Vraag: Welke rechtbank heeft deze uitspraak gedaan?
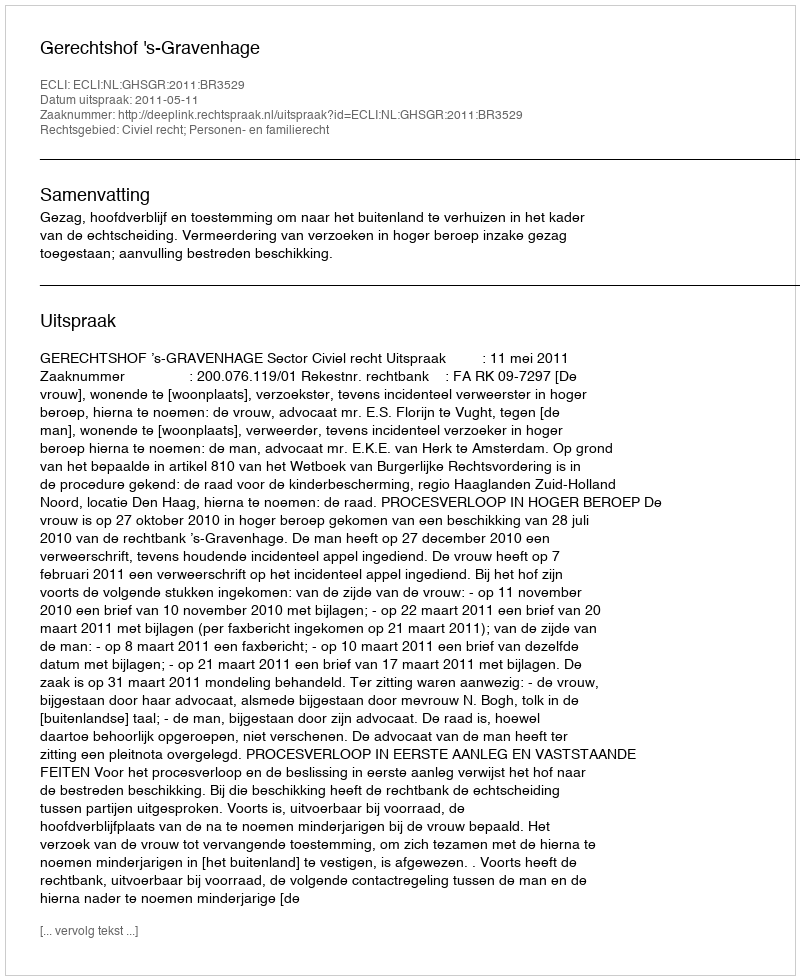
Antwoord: Gerechtshof 's-Gravenhage